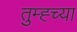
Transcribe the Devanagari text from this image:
तुम्ह्च्या